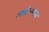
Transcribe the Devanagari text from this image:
रामसेजवरून